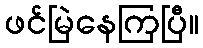
ဖင်မြဲနေကြပြီ။